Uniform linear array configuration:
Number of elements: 16
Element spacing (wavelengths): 0.75
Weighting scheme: hann
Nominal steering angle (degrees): -30
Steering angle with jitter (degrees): -31.822
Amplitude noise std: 0.05
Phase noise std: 0.05

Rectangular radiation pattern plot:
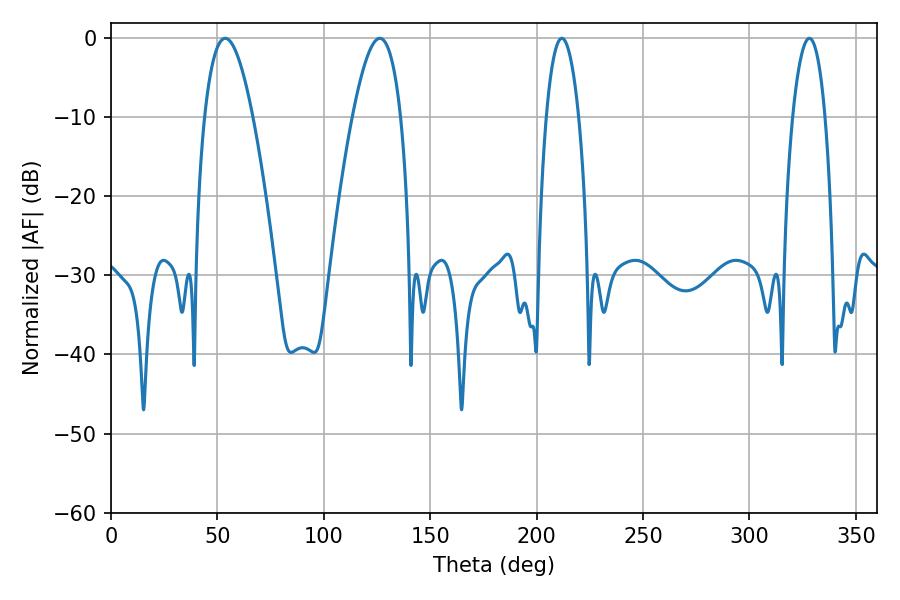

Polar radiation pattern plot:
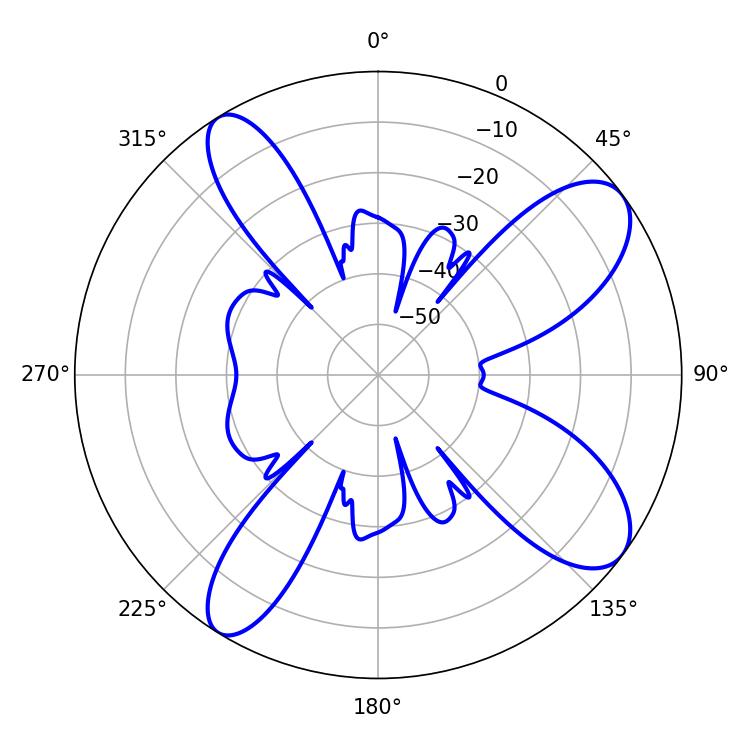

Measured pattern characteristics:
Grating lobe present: TRUE
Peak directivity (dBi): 9.784
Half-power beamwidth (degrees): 8.46
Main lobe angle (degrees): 211.86